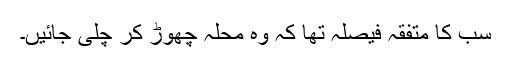
سب کا متفقہ فیصلہ تھا کہ وہ محلہ چھوڑ کر چلی جائیں۔